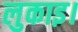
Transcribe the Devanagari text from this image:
लुकाइ।